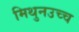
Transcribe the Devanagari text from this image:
मिथुनउच्च